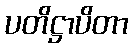
ပတိဋ္ဌာပိတာ